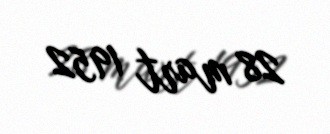
28 mart 1952